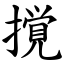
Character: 撹